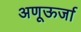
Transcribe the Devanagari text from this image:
अणूऊर्जा